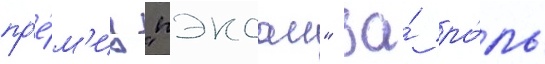
пр'е́м'иу "пэксан" за́ ро́ль